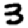
Digit: 3